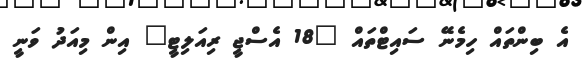
އެ ބިންތައް ހިމެނޭ ސައިޓްތައް "18 އެސްޖީ ރިއަލިޓީ" އިން މިއަދު ވަނީ